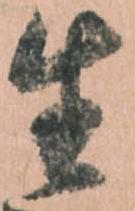
生